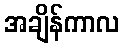
အချိန်ကာလ